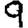
Digit: 9